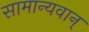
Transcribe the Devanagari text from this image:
सामान्यवान्